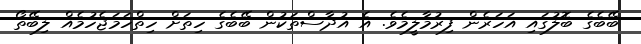
ބޭބެގެ ބޮލުގައި އަހަރެން ފިރުމާލީމެވެ. އެ އުދާސްތަކުން ބޭބެގެ ހިތަށް ހިތްހަމަޖެހުމެއް ލިބޭތޯ